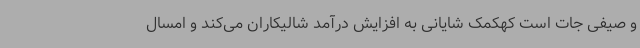
و صیفی جات است کهکمک شایانی به افزایش درآمد شالیکاران می‌کند و امسال